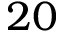
2 0